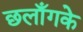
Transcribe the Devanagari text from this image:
छलाँगके